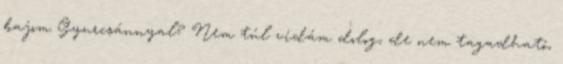
bajom Gyurcsánnyal? Nem túl vidám dolog, de nem tagadható,